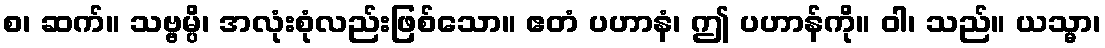
စ၊ ဆက်။ သဗ္ဗမ္ပိ၊ အလုံးစုံလည်းဖြစ်သော။ ဧတံ ပဟာနံ၊ ဤ ပဟာန်ကို။ ဝါ၊ သည်။ ယသ္မာ၊